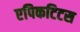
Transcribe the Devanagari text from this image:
एपिकटिटस